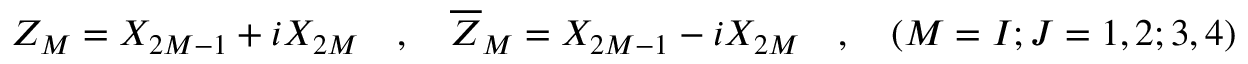
Z _ { M } = X _ { 2 M - 1 } + i X _ { 2 M } \quad , \quad \overline { { { Z } } } _ { M } = X _ { 2 M - 1 } - i X _ { 2 M } \quad , \quad ( M = I ; J = 1 , 2 ; 3 , 4 )